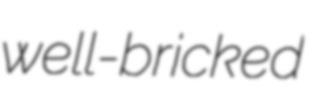
well-bricked